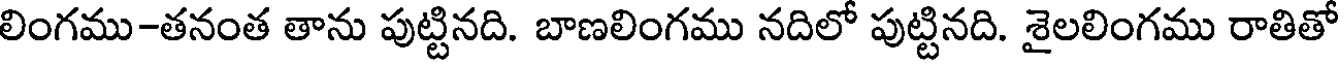
లింగము-తనంత తాను పుట్టినది. బాణలింగము నదిలో పుట్టినది. శైలలింగము రాతితో